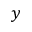
y